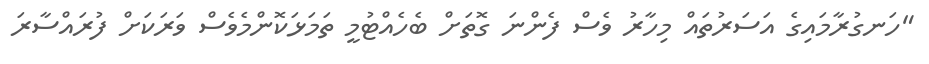
"ހަނގުރާމައިގެ އަސަރުތައް މިހާރު ވެސް ފެންނަ ގޮތަށް ބެހެއްޓުމީ ތަމަޅަކޮންމެވެސް ވަރަކަށް ފުރައްސާރަ